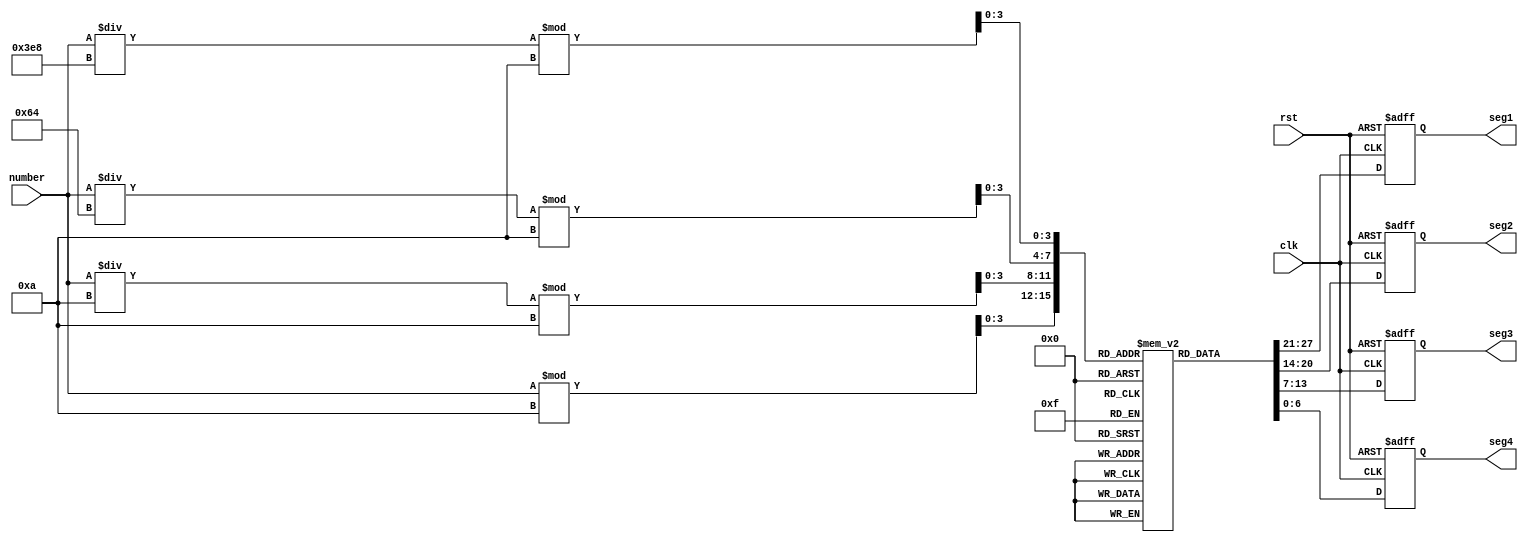
module display_seven(
	input				clk,
	input				rst,
    input		[11:0]	number,
    output reg	[6:0]	seg1, // Units
    output reg	[6:0] 	seg2, // Tens
    output reg	[6:0] 	seg3, // Hundreds
    output reg	[6:0] 	seg4  // Thousands
);

	reg 		[3:0] 	digit[0:3];
	reg 		[6:0] 	segment_patterns [0:9];

	initial begin
		segment_patterns[0] = 7'b1000000; // 0
		segment_patterns[1] = 7'b1111001; // 1
		segment_patterns[2] = 7'b0100100; // 2
		segment_patterns[3] = 7'b0110000; // 3
		segment_patterns[4] = 7'b0011001; // 4
		segment_patterns[5] = 7'b0010010; // 5
		segment_patterns[6] = 7'b0000010; // 6
		segment_patterns[7] = 7'b1111000; // 7
		segment_patterns[8] = 7'b0000000; // 8
		segment_patterns[9] = 7'b0011000; // 9
	end

	always @(posedge clk or negedge rst) begin
		if (!rst) begin
			seg1 <= 0;
			seg2 <= 0;
			seg3 <= 0;
			seg4 <= 0;
		end
		else begin
			seg1 <= segment_patterns[number % 10];
			seg2 <= segment_patterns[number / 10 % 10];
			seg3 <= segment_patterns[number / 100 % 10];
			seg4 <= segment_patterns[number / 1000 % 10];
		end
	end
	
endmodule